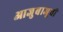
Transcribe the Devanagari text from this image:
आजुबाजूची